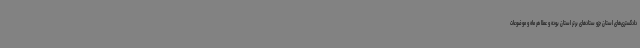
دادگستری‌های استان جزو ستادهای برتر استان بوده و عملا هر ماه و موضوعات